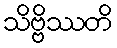
သိဗ္ဗိဿတိ